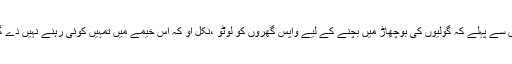
اس سے پہلے کہ گولیوں کی بوچھاڑ میں بچنے کے لیے واپس گھروں کو لوٹو ،نکل آؤ کہ اس خیمے میں تمہیں کوئی رہنے نہیں دے گا۔